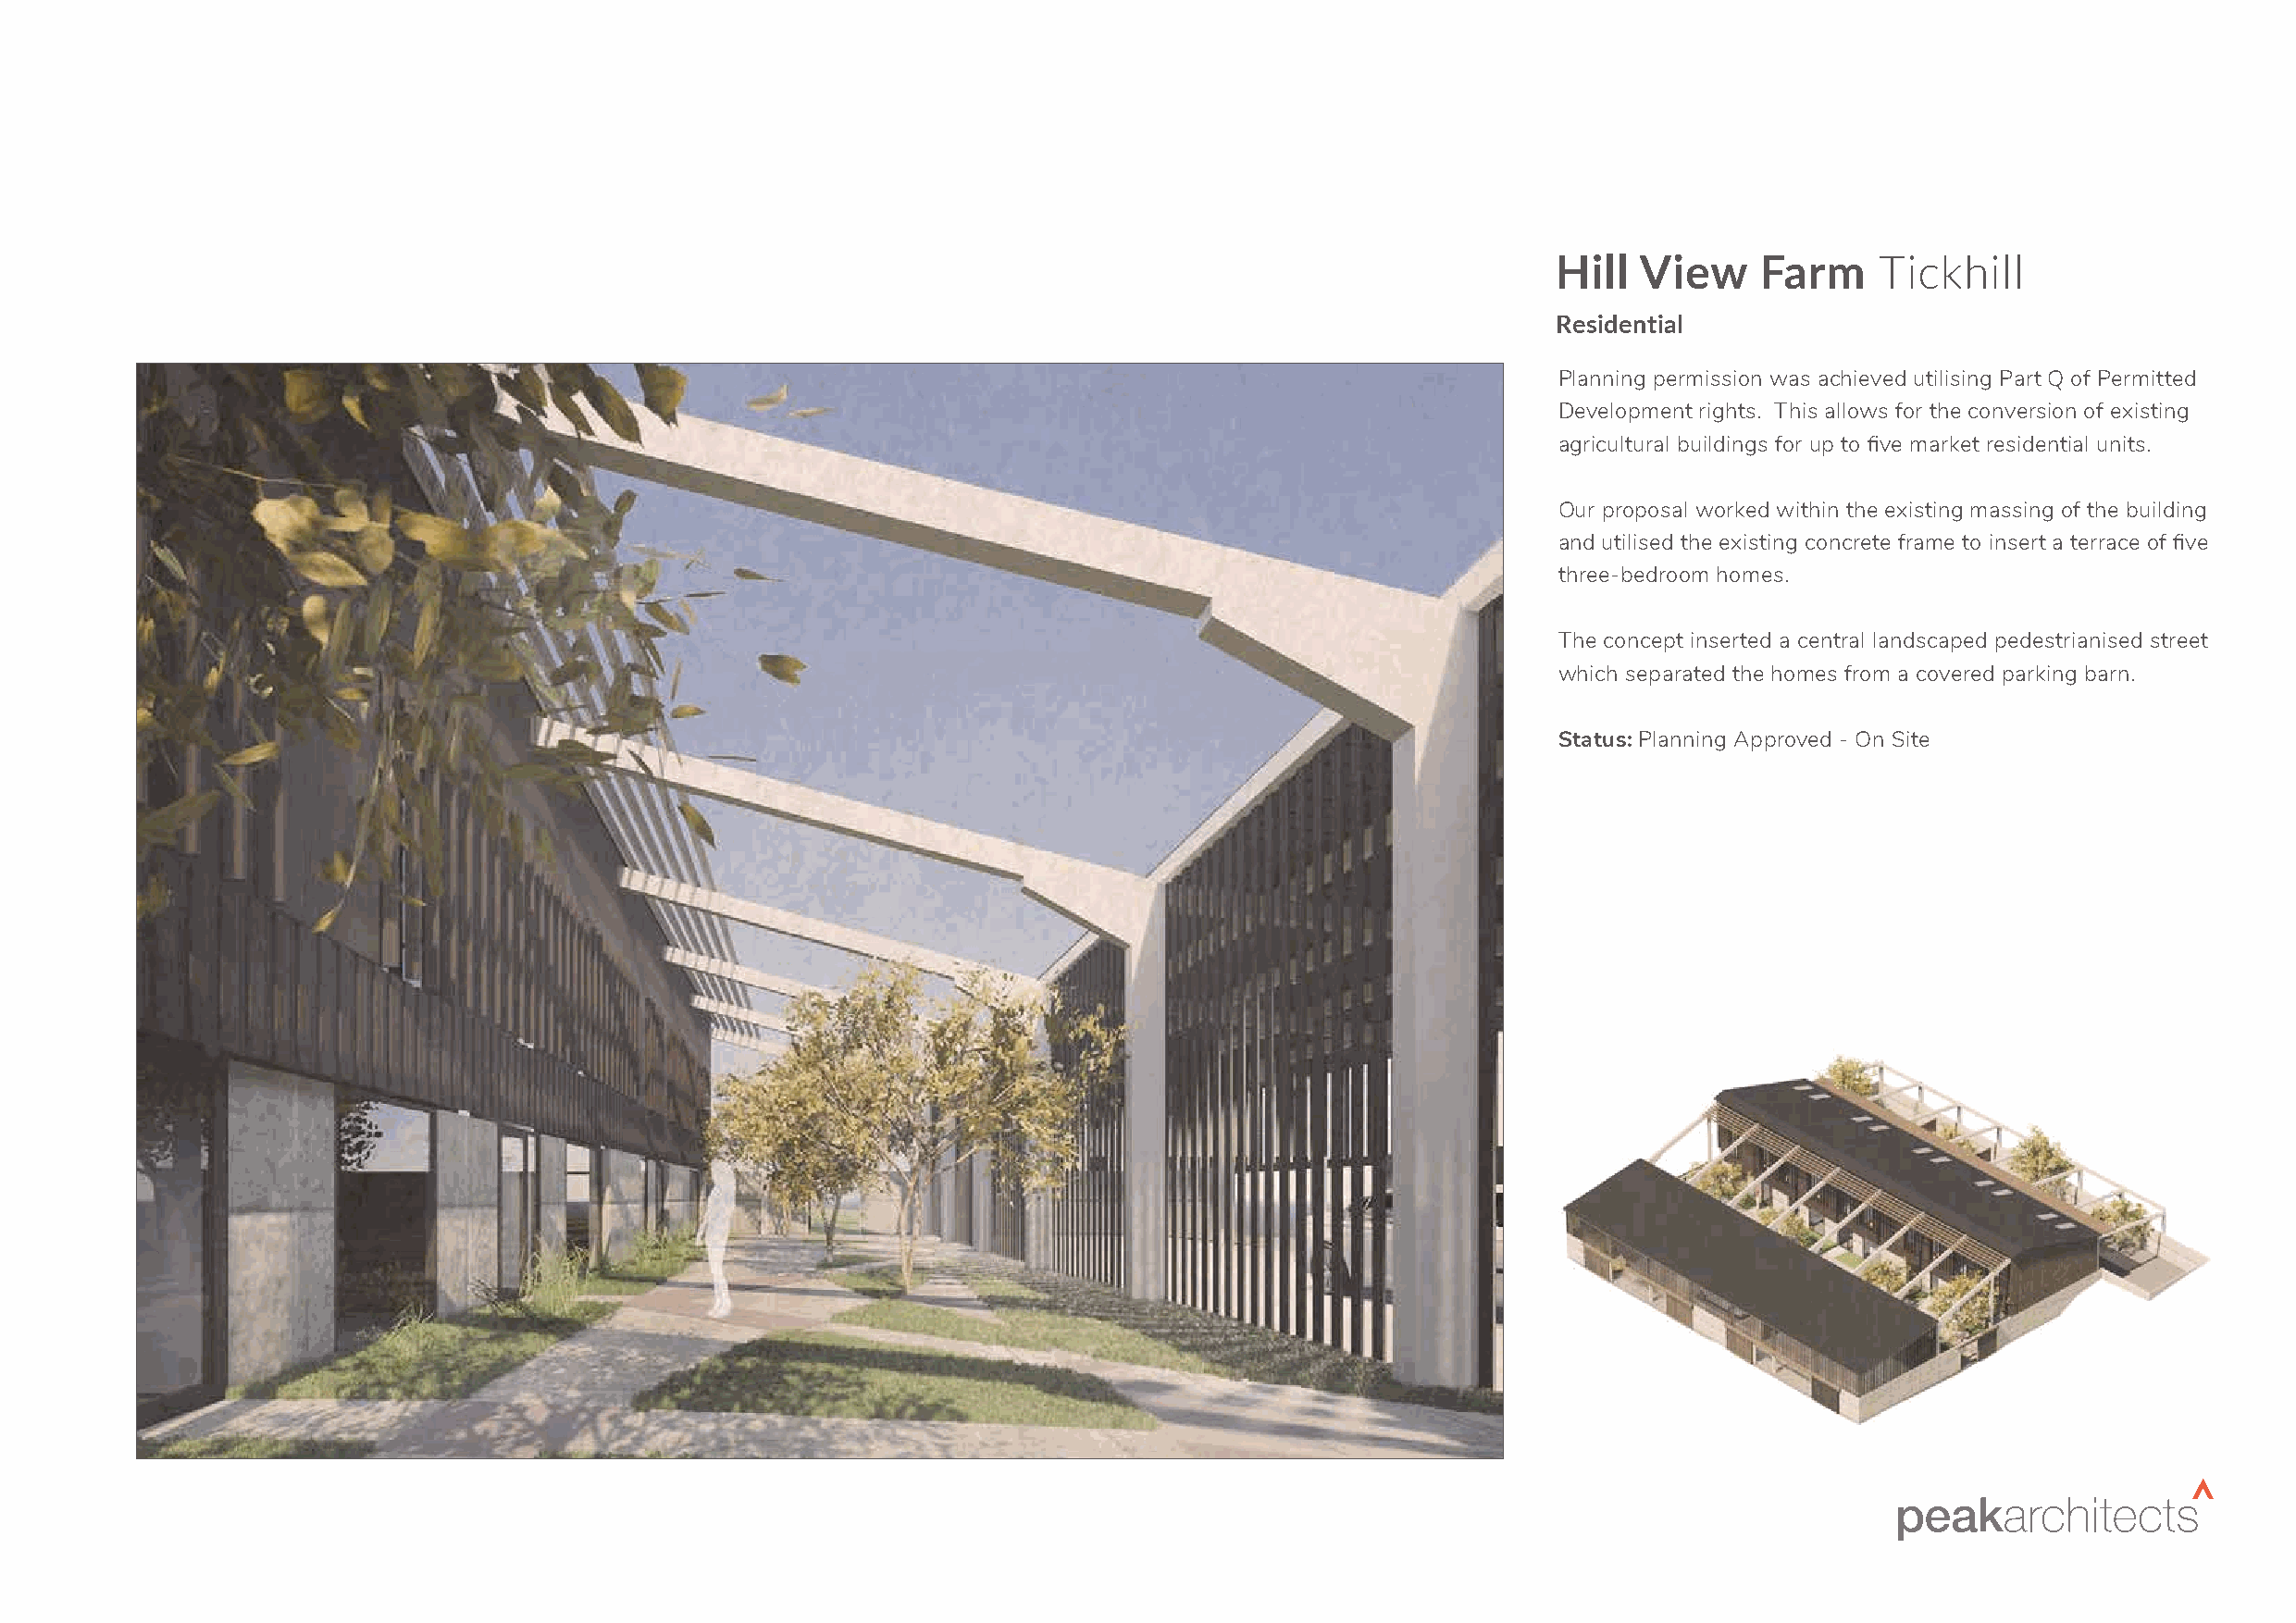
Hill  View     Farm    Tickhill
 Residential
 Planning permission was achieved utilising Part Q of Permitted
 Development rights. This allows for the conversion of existing
 agricultural buildings for up to five market residential units.
 Our proposal worked within the existing massing of the building
 and utilised the existing concrete frame to insert a terrace of five
 three-bedroom homes.
 The concept inserted a central landscaped pedestrianised street
 which separated the homes from a covered parking barn.
 Status: Planning Approved - On Site